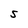
Character: S